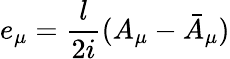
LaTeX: e_{\mu}={\frac{l}{2i}}(A_{\mu}-\bar{A}_{\mu})